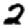
Digit: 2